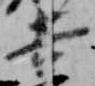
吉